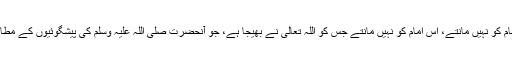
پس یہ ایک مثال ہے دینی غیرت کی کہ ایسے لوگ جو زمانے کے امام کو نہیں مانتے، اُس امام کو نہیں مانتے جس کو اللہ تعالیٰ نے بھیجا ہے، جو آنحضرت صلی اللہ علیہ وسلم کی پیشگوئیوں کے مطابق آیا ہے تو پھر ایسے شخص کے پیچھے ہم کس طرح نماز پڑھ لیں۔